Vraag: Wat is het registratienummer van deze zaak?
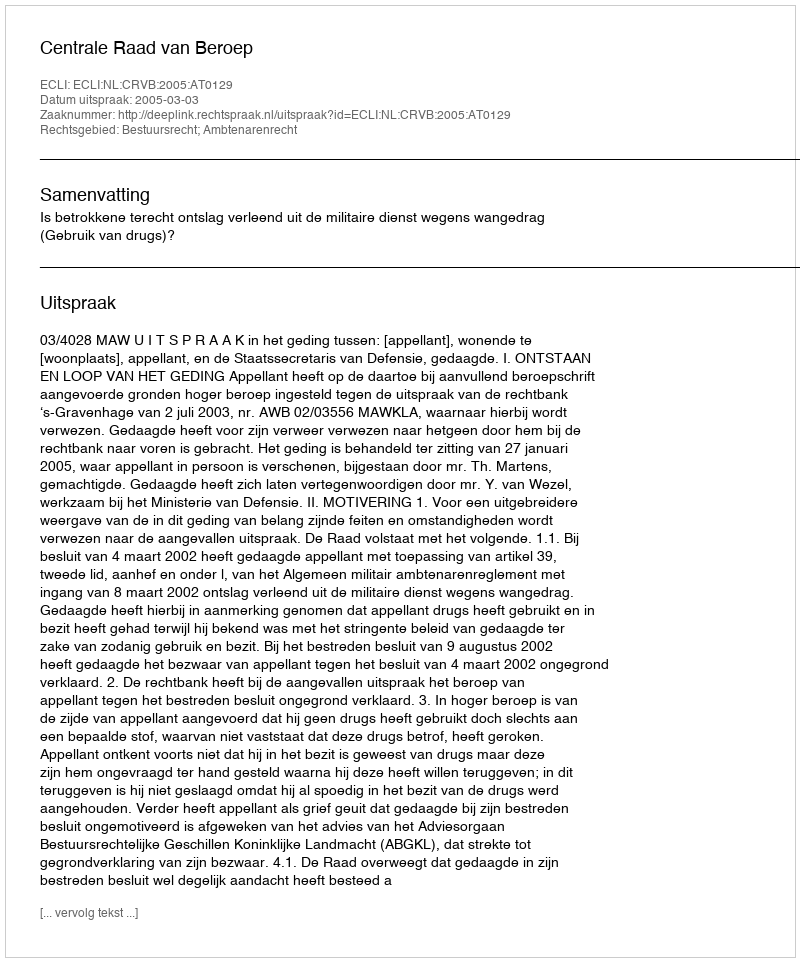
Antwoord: http://deeplink.rechtspraak.nl/uitspraak?id=ECLI:NL:CRVB:2005:AT0129